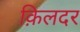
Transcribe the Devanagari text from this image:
क़िलदर